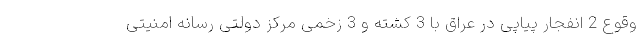
وقوع 2 انفجار پیاپی در عراق با 3 کشته و 3 زخمی مرکز دولتی رسانه امنیتی